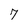
Character: 7